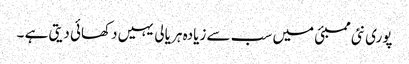
پوری نئی ممبئی میں سب سے زیادہ ہر یالی یہیں دکھائی دیتی ہے ۔